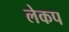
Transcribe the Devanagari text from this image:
लेकप